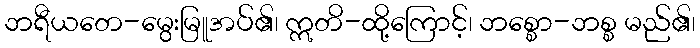
ဘရီယတေ-မွေးမြူအပ်၏၊ ဣတိ-ထို့ကြောင့်၊ ဘစ္စော-ဘစ္စ မည်၏၊